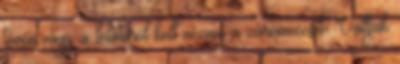
tévén vagy a lelátóról kell néznie a zárómeccset. Valljuk